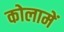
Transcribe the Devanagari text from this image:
कोलामें